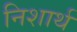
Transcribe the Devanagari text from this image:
निशार्थ